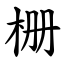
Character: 栅